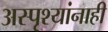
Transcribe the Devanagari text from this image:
अस्पृश्यांनाही